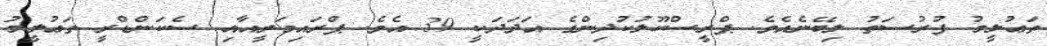
ތަޢުލީމު ފުރުސަތު ލިބޭނެއެވެ. ޕްރީސްކޫލުކުދިންގެ އަދަދަކީ 39 އެވެ. ޕްރައިމަރީއާއި ސެކަންޑްރީ ތަޢުލީމު